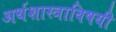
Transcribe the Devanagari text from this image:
अर्थशास्त्राविषयी